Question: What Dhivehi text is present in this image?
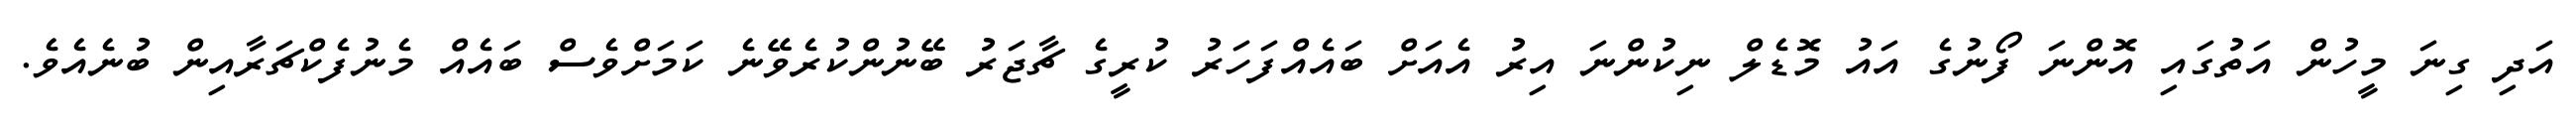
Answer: އަދި ގިނަ މީހުން އަތުގައި އޮންނަ ފޯނުގެ އައު މޮޑެލް ނިކުންނަ އިރު އެއަށް ބައެއްފަހަރު ކުރީގެ ޗާޖަރު ބޭނުންކުރެވޭނެ ކަމަށްވެސް ބައެއް މެނުފެކްޗަރާއިން ބުނެއެވެ.